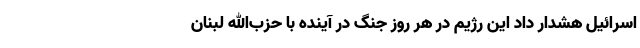
اسرائیل هشدار داد این رژیم در هر روز جنگ در آینده با حزب‌الله لبنان